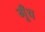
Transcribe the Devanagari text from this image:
गूँच